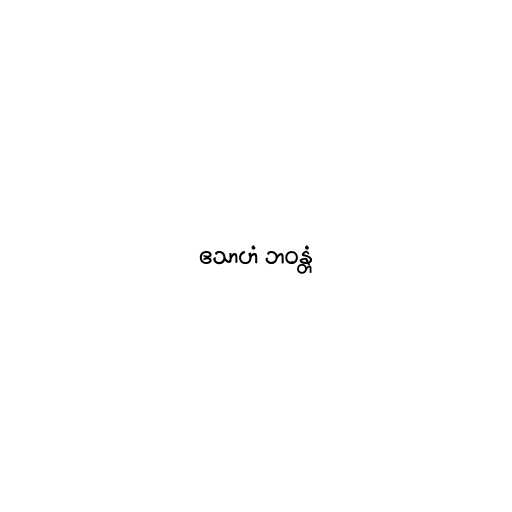
ဧသာဟံ ဘဝန္တံ